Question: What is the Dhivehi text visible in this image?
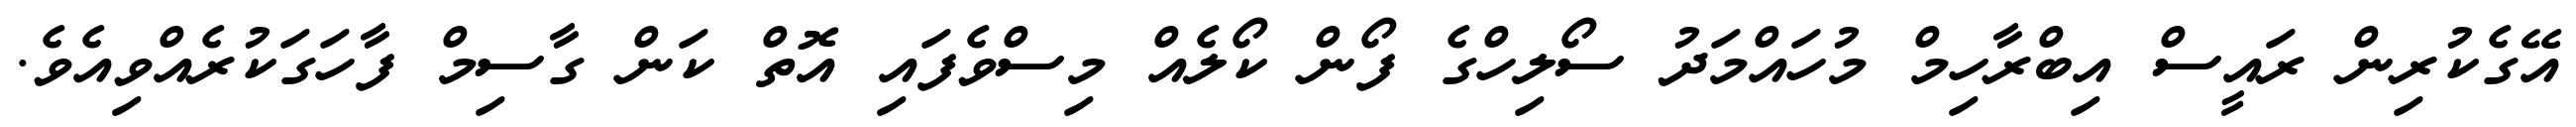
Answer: އޭގެކުރިން ރައީސް އިބްރާހިމް މުހައްމަދު ސޯލިހްގެ ފޯން ކޯލެއް މިސްވެފައި އޮތް ކަން ގާސިމް ފާހަގަކުރެއްވިއެވެ.